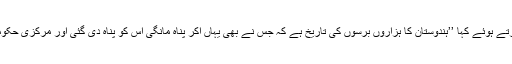
مسٹر تھرور نے يواین آئی سے بات چیت کرتے ہوئے کہا ’’ہندوستان کا ہزاروں برسوں کی تاریخ ہے کہ جس نے بھی یہاں آکر پناہ مانگی اس کو پناہ دی گئی اور مرکزی حکومت کو اس ترغیب سے بھاگنا نہیں چاہئے‘‘۔